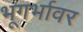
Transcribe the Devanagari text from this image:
भूगर्भावर